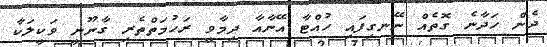
ދެން ހަދާނެ ގޮތެއް ނޭނގިފައި ހުއްޓާ އޭނާއާ ދިމާވީ ރަހުމަތްތެރި ގާނޫނީ ވަކީލަކާ